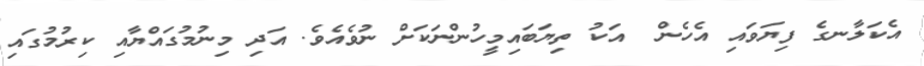
އެކަލާނގެ ފިޔަވައި އެހެން  އަކު ތިޔަބައިމީހުންނަކަށް ނުވެއެވެ. އަދި މިނުމުގައްޔާއި ކިރުމުގައި